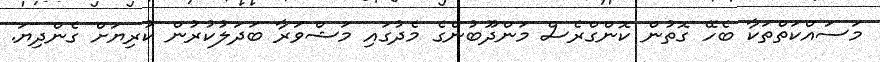
މަސައްކަތްތަކާ ބެހޭ ގޮތުން ކޮންގްރެސް މަންދޫބުންގެ މެދުގައި މަޝްވަރާ ބަދަލުކުރުން ކުރިޔަށް ގެންދިޔަ.